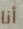
أنا